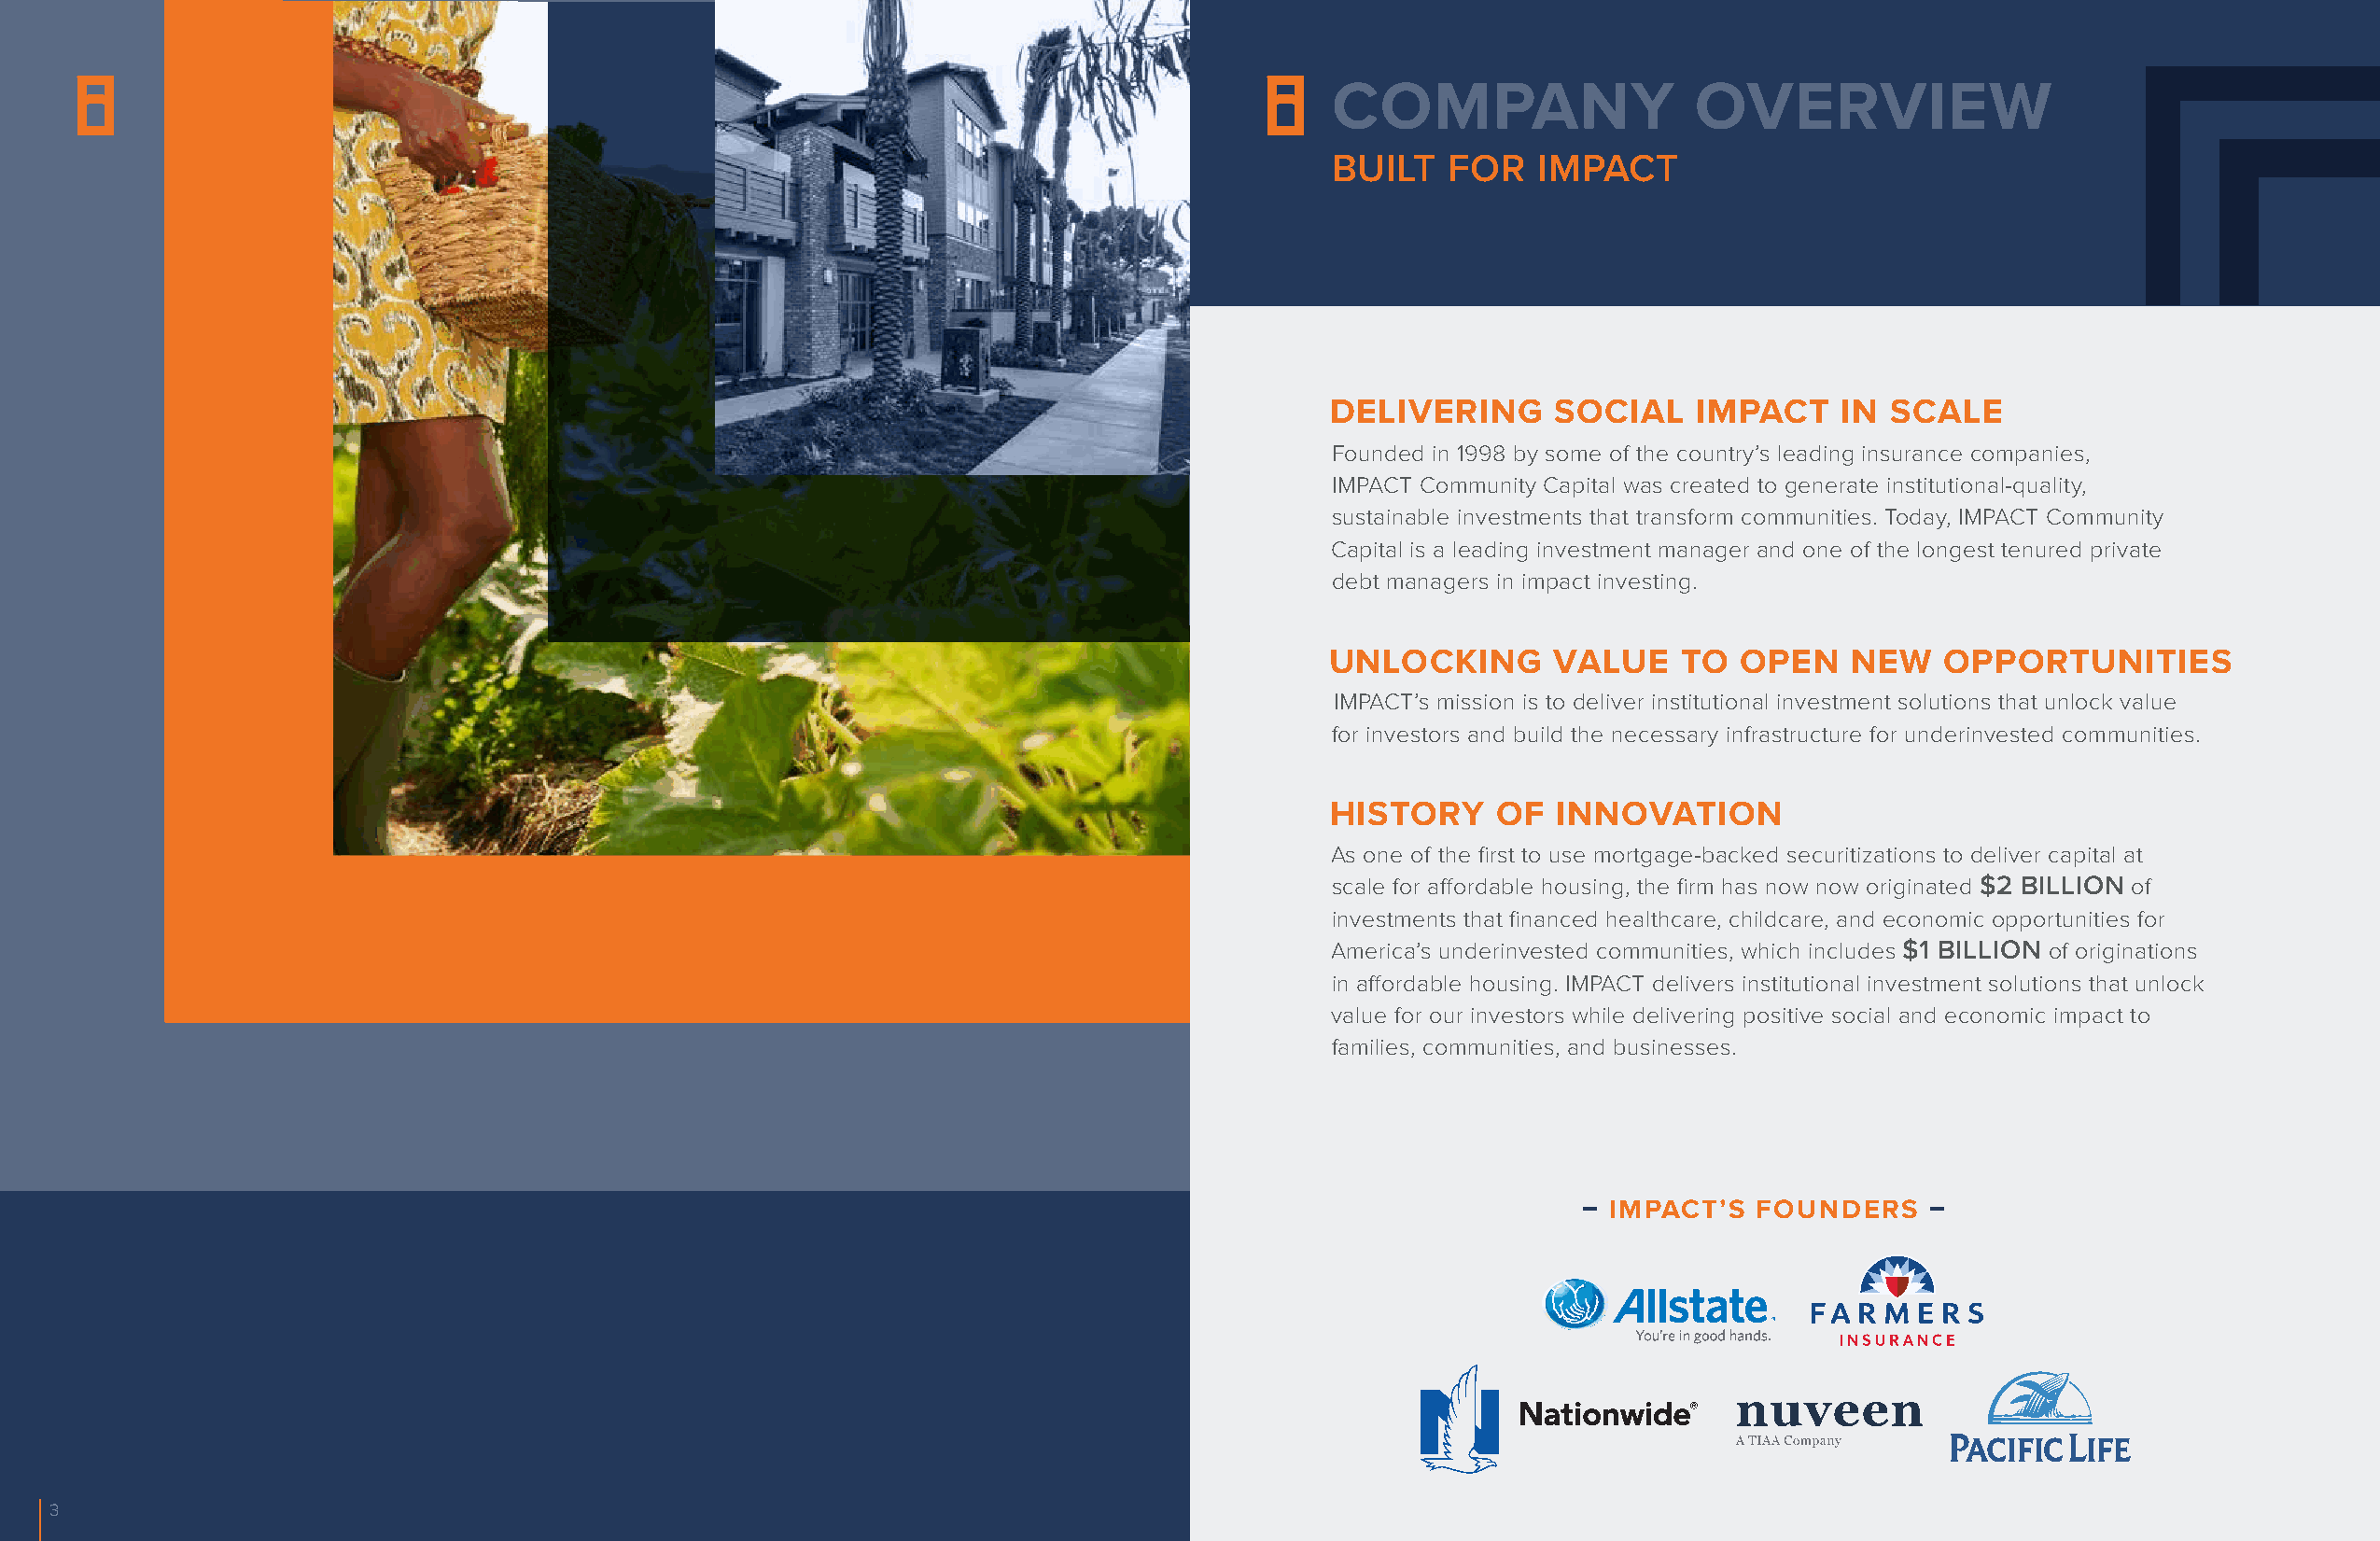
,
 COMPANY                   OVERVIEW
 BUILT    FOR   IMPACT
 DELIVERING      SOCIAL    IMPACT     IN SCALE
 Founded in 1998 by some of the country’s leading insurance companies,
 IMPACT Community Capital was created to generate institutional-quality,
 sustainable investments that transform communities. Today, IMPACT Community
 Capital is a leading investment manager and one of the longest tenured private
 debt managers in impact investing.
 UNLOCKING       VALUE    TO  OPEN    NEW    OPPORTUNITIES
 IMPACT’s mission is to deliver institutional investment solutions that unlock value
 for investors and build the necessary infrastructure for underinvested communities.
 H ISTORY    OF  INNOVATION
 As one of the first to use mortgage-backed securitizations to deliver capital at
 scale for affordable housing, the firm has now now originated $2 BILLION of
 investments that financed healthcare, childcare, and economic opportunities for
 America’s underinvested communities, which includes $1 BILLION of originations
 in affordable housing. IMPACT delivers institutional investment solutions that unlock
 value for our investors while delivering positive social and economic impact to
 families, communities, and businesses.
 – IMPACT’S   FOUNDERS    –
 3